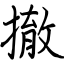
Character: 撤